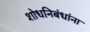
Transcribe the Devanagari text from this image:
शोधनिबंधांना